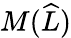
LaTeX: M(\widehat{L})